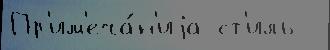
Пр'им'еча́н'иjа ст'иль